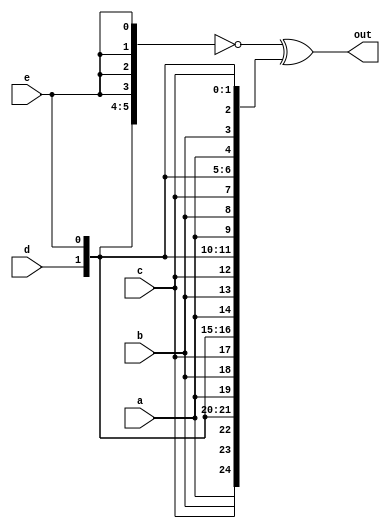
/* 19_vector5.v
 * aaaaa_bbbbb_ccccc_ddddd_eeeee
 * abcde_abcde_abcde_abcde_abcde
 * bit24 --> bit0
 */

module top_module (
    input a, b, c, d, e,
    output [24:0] out );//

    // The output is XNOR of two vectors created by 
    // concatenating and replicating the five inputs.
    // assign out = ~{ ... } ^ { ... };
    assign out = ~{ {5{a}},{5{b}},{5{c}},{5{d}},{5{e}} } ^ { 5{a,b,c,d,e} };

	// wire [24:0] top, bottom;
	// assign top    = { {5{a}}, {5{b}}, {5{c}}, {5{d}}, {5{e}} };
	// assign bottom = {5{a,b,c,d,e}};
	// assign out = ~top ^ bottom;	// Bitwise XNOR

endmodule